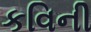
કવિની